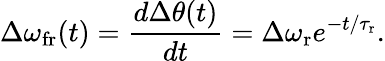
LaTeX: \Delta\omega_{\mathrm{fr}}(t)=\frac{d\Delta\theta(t)}{dt}=\Delta\omega_{\mathrm{r}}e^{-t/\tau_{\mathrm{r}}}.